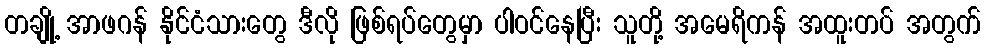
တချို့ အာဖဂန် နိုင်ငံသားတွေ ဒီလို ဖြစ်ရပ်တွေမှာ ပါဝင်နေပြီး သူတို့ အမေရိကန် အထူးတပ် အတွက်